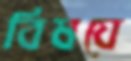
বিষযে